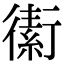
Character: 䘘